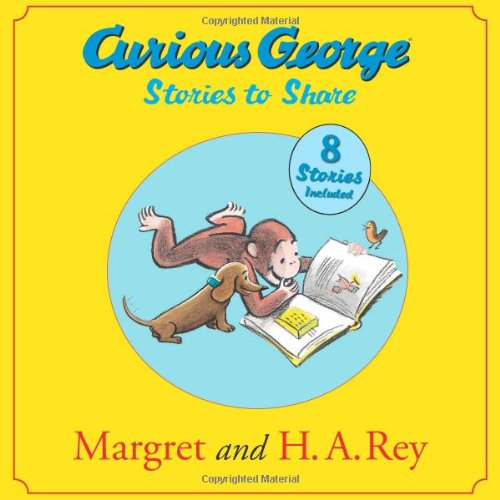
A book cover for Curious George Stories to Share; H. A. Rey; Children's Books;